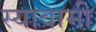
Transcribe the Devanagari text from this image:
स्यावामी